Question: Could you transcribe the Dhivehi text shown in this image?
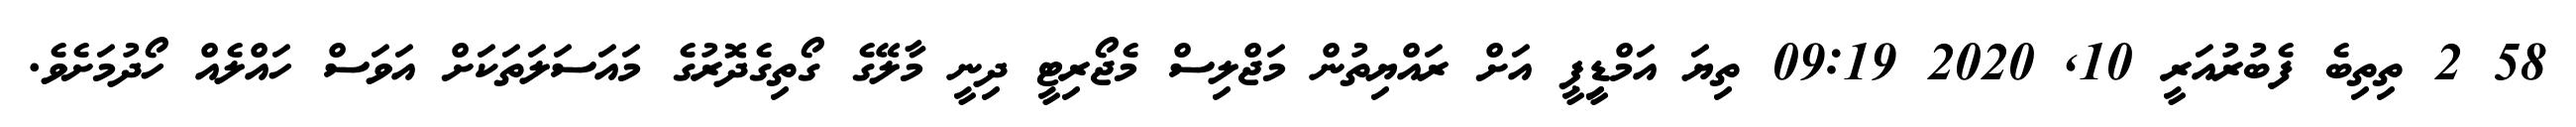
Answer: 58 2 ތިތިބެ ފެބުރުއަރީ 10, 2020 09:19 ތިޔަ އަމްޑިީޕީ އަށް ރައްޔިތުން މަޖްލިސް މެޖޯރިޓީ ދިނީ މާލޭގެ ގޯތިގެދޮރުގެ މައަސަލަތަކަށް އަވަސް ހައްލެއް ހޯދުމަށެވެ.